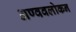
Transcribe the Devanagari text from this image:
अण्ववलोकन